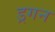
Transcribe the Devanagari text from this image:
ड्रगन